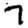
Digit: 7